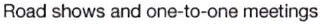
Road shows and one-to-one meetings